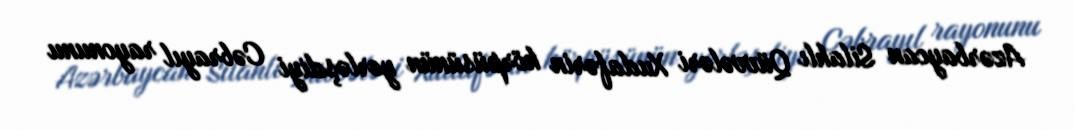
Azərbaycan Silahlı Qüvvələri Xudafərin körpüsünün yerləşdiyi Cəbrayıl rayonunu